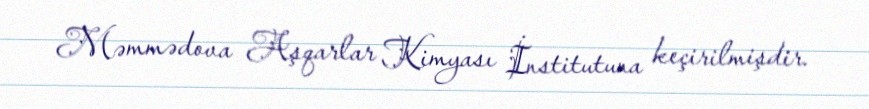
Məmmədova Aşqarlar Kimyası İnstitutuna keçirilmişdir.